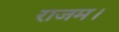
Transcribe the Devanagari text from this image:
राजम।